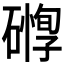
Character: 𥖒